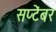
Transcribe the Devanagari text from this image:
सप्टॆंबर